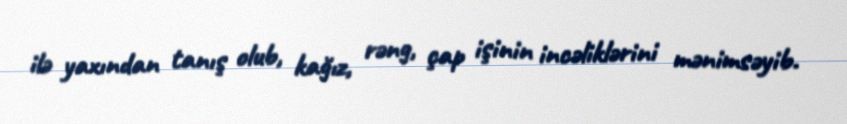
ilə yaxından tanış olub, kağız, rəng, çap işinin incəliklərini mənimsəyib.